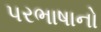
પરભાષાનો